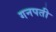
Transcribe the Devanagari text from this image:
गनपती